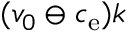
( v _ { 0 } \ominus c _ { \mathrm { e } } ) k